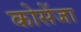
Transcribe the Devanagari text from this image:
कोसेंजा